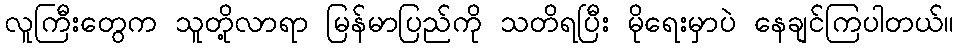
လူကြီးတွေက သူတို့လာရာ မြန်မာပြည်ကို သတိရပြီး မိုရေးမှာပဲ နေချင်ကြပါတယ်။